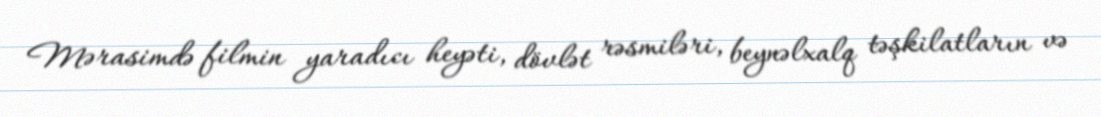
Mərasimdə filmin yaradıcı heyəti, dövlət rəsmiləri, beynəlxalq təşkilatların və